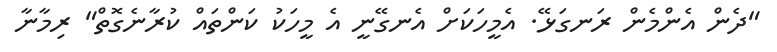
"ދެން އެންމެން ރަނގަޅޭ. އެމީހަކަށް އެނގޭނީ އެ މީހަކު ކަންތައް ކުރާނެގޮތް" ރިމާނާ